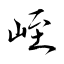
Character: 峌